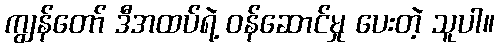
ကျွန်တော် ဒီအထပ်ရဲ့ ဝန်ဆောင်မှု ပေးတဲ့ သူပါ။